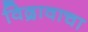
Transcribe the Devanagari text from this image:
विद्रावाचा